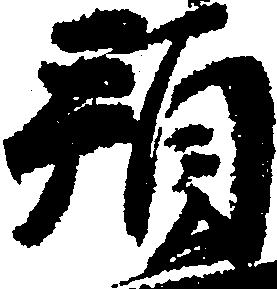
預